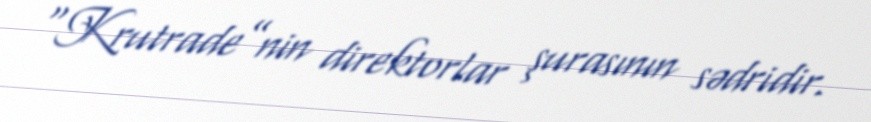
“Krutrade”nin direktorlar şurasının sədridir.